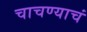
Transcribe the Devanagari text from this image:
चाचण्याचं